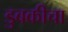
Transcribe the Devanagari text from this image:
डुबकीचा